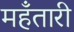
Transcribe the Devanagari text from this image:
महँतारी